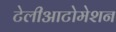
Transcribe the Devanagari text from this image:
टेलीआटोमेशन